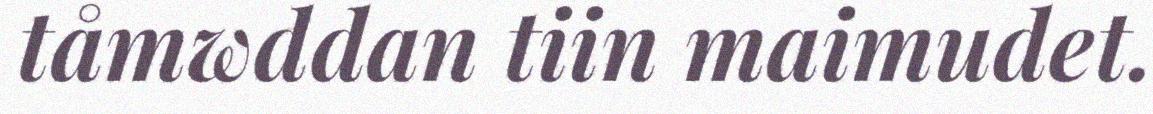
tåmwddan tiin maimudet.